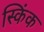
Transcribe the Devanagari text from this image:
स्किंक